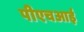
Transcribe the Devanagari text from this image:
पीएचआई